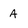
Character: A